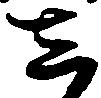
し